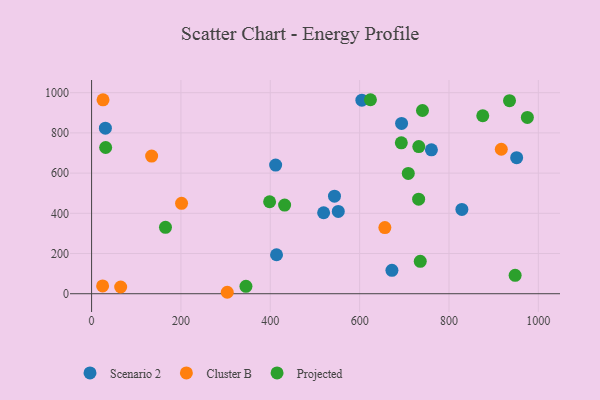
{"axis": {"x": "Study Hours", "y": "Sales"}, "legend": ["Cluster B", "Projected", "Scenario 2"], "data": [{"x": "412.0", "y": 639.7, "type": "Scenario 2"}, {"x": "30.9", "y": 823.4, "type": "Scenario 2"}, {"x": "760.7", "y": 715.9, "type": "Scenario 2"}, {"x": "552.2", "y": 409.6, "type": "Scenario 2"}, {"x": "693.9", "y": 847.3, "type": "Scenario 2"}, {"x": "828.9", "y": 419.5, "type": "Scenario 2"}, {"x": "672.3", "y": 116.6, "type": "Scenario 2"}, {"x": "519.4", "y": 402.9, "type": "Scenario 2"}, {"x": "414.0", "y": 193.9, "type": "Scenario 2"}, {"x": "543.7", "y": 485.4, "type": "Scenario 2"}, {"x": "951.5", "y": 676.8, "type": "Scenario 2"}, {"x": "605.0", "y": 962.6, "type": "Scenario 2"}, {"x": "24.7", "y": 38.8, "type": "Cluster B"}, {"x": "134.4", "y": 684.5, "type": "Cluster B"}, {"x": "65.1", "y": 33.4, "type": "Cluster B"}, {"x": "917.1", "y": 718.7, "type": "Cluster B"}, {"x": "201.4", "y": 449.6, "type": "Cluster B"}, {"x": "656.5", "y": 329.0, "type": "Cluster B"}, {"x": "25.6", "y": 964.5, "type": "Cluster B"}, {"x": "303.7", "y": 7.2, "type": "Cluster B"}, {"x": "708.9", "y": 598.5, "type": "Projected"}, {"x": "740.7", "y": 911.5, "type": "Projected"}, {"x": "432.1", "y": 440.8, "type": "Projected"}, {"x": "693.3", "y": 750.8, "type": "Projected"}, {"x": "875.6", "y": 885.3, "type": "Projected"}, {"x": "735.7", "y": 161.2, "type": "Projected"}, {"x": "732.1", "y": 470.1, "type": "Projected"}, {"x": "948.1", "y": 91.4, "type": "Projected"}, {"x": "165.4", "y": 330.1, "type": "Projected"}, {"x": "624.2", "y": 965.0, "type": "Projected"}, {"x": "398.5", "y": 457.4, "type": "Projected"}, {"x": "345.5", "y": 36.9, "type": "Projected"}, {"x": "732.4", "y": 732.2, "type": "Projected"}, {"x": "975.5", "y": 877.0, "type": "Projected"}, {"x": "31.5", "y": 727.4, "type": "Projected"}, {"x": "935.5", "y": 960.3, "type": "Projected"}]}